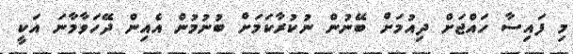
މި ފައިސާ ހައްޖަށް ދިއުމަށް ބޭނުން ނުކުރާކަމަށް ބުނުމުން އެއިން ދޭހަވާމާނަ އަކީ